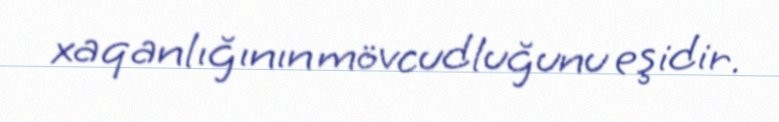
xaqanlığının mövcudluğunu eşidir.